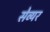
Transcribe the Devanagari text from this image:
सेव्यर